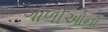
ગોળીઓના